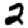
Digit: 2